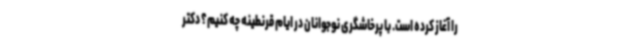
را آغاز کرده است. با پرخاشگری نوجوانان در ایام قرنطینه چه کنیم؟ دکتر